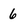
Character: 6